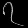
Digit: ၇